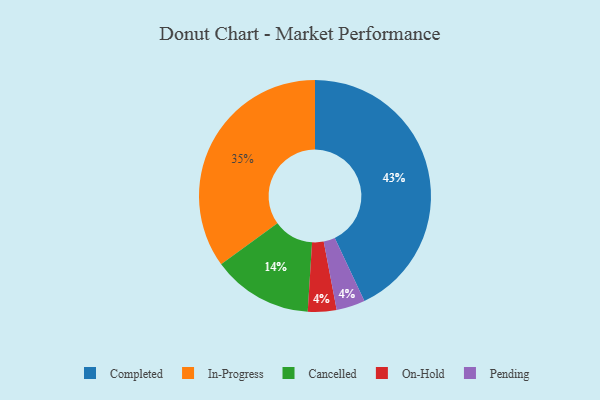
{"axis": {"x": "Category", "y": "Percentage"}, "legend": ["Cancelled", "Completed", "In-Progress", "On-Hold", "Pending"], "data": [{"x": "Cancelled", "y": 14, "type": "Cancelled"}, {"x": "On-Hold", "y": 4, "type": "On-Hold"}, {"x": "Completed", "y": 43, "type": "Completed"}, {"x": "In-Progress", "y": 35, "type": "In-Progress"}, {"x": "Pending", "y": 4, "type": "Pending"}]}